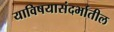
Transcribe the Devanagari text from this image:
याविषयासंदर्भातील